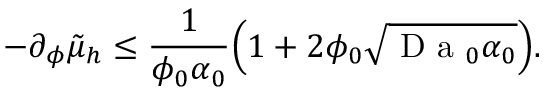
- \partial _ { \phi } \tilde { \mu } _ { h } \leq \frac { 1 } { \phi _ { 0 } \alpha _ { 0 } } \mathopen { } \mathclose \bgroup \mathopen { } \mathclose \bgroup \mathopen { } \mathclose \bgroup \mathopen { } \mathclose \bgroup \mathopen { } \mathclose \bgroup \mathopen { } \mathclose \bgroup \mathopen { } \mathclose \bgroup \mathopen { } \mathclose \bgroup \mathopen { } \mathclose \bgroup \mathopen { } \mathclose \bgroup \left( 1 + 2 \phi _ { 0 } \sqrt { \mathrm { ~ D ~ a ~ } _ { 0 } \alpha _ { 0 } } \aftergroup \egroup \aftergroup \egroup \aftergroup \egroup \aftergroup \egroup \aftergroup \egroup \aftergroup \egroup \aftergroup \egroup \aftergroup \egroup \aftergroup \egroup \aftergroup \egroup \right) .